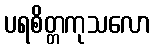
ပရစိတ္တကုသလော